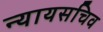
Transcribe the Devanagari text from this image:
न्यायसचिव